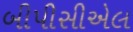
બીપીસીએલ